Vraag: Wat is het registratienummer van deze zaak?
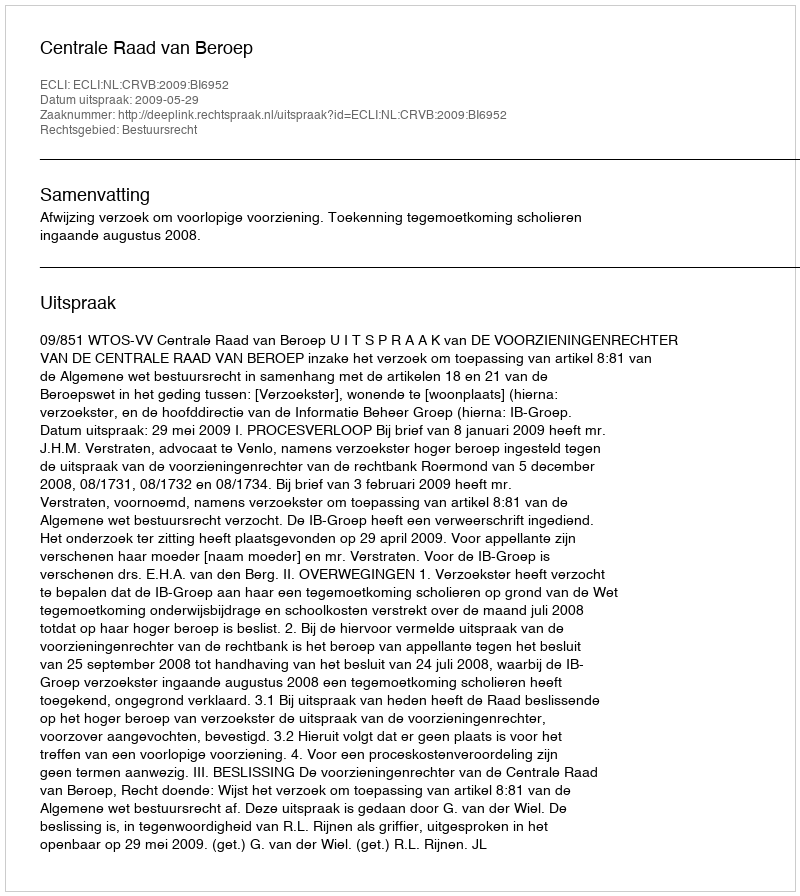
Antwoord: http://deeplink.rechtspraak.nl/uitspraak?id=ECLI:NL:CRVB:2009:BI6952